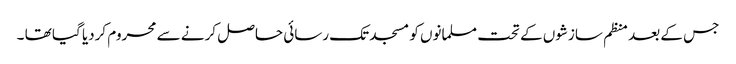
جس کے بعد منظم سازشوں کے تحت مسلمانوں کو مسجد تک رسائی حاصل کرنے سے محروم کردیا گیا تھا ۔